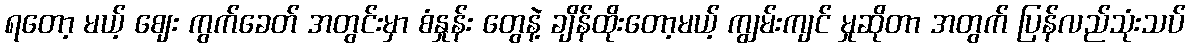
ရတော့ မယ့် ဈေး ကွက်ခေတ် အတွင်းမှာ စံနှုန်း တွေနဲ့ ချိန်ထိုးတော့မယ့် ကျွမ်းကျင် မှုဆိုတာ အတွက် ပြန်လည်သုံးသပ်